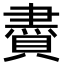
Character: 賮